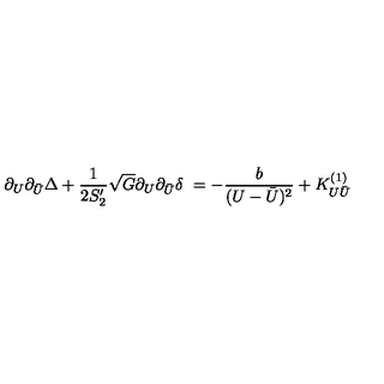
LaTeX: \partial _ { U } \partial _ { \bar { U } } \Delta + \frac { 1 } { 2 S _ { 2 } ^ { \prime } } \sqrt { G } \partial _ { U } \partial _ { \bar { U } } \delta \ = - \frac { b } { ( U - \bar { U } ) ^ { 2 } } + K _ { U \bar { U } } ^ { ( 1 ) } \